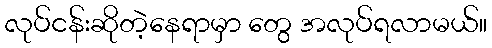
လုပ်ငန်းဆိုတဲ့နေရာမှာ တွေ အလုပ်ရလာမယ်။